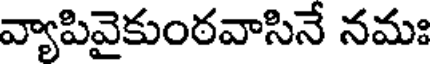
వ్యాపివైకుంఠవాసినే నమః